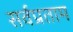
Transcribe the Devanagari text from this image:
सर्वप्रताम